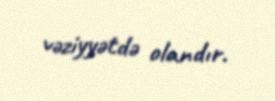
vəziyyətdə olandır.